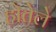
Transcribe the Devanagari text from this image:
होतेले